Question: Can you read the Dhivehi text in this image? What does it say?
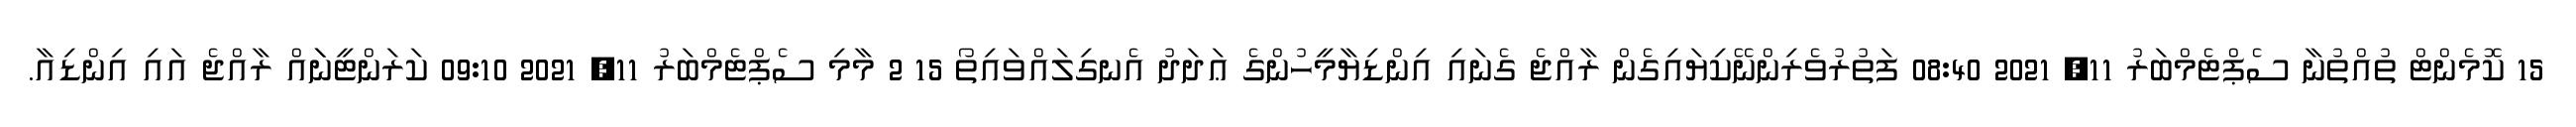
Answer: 15 ކޮމެންޓް ތުއްތުނާ ސެޕްޓެމްބަރު 11, 2021 08:40 ފަތުރުވެރިންނޭކިޔައިގެން ރާއްޖެ ގެނައި އިންޑިޔާމީހުންގެ ޢަދަދު އެނގިލައްވައިތޯ 15 2 މާމި ސެޕްޓެމްބަރު 11, 2021 09:10 ކަރަންޓީނަައް ރާއްޖެ އައި އިންޑިއާ.